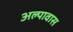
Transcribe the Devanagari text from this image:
अल्पावास